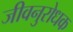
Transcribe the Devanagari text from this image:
जीवनुरोधक